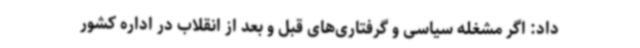
داد: اگر مشغله سیاسی و گرفتاری‌های قبل و بعد از انقلاب در اداره کشور